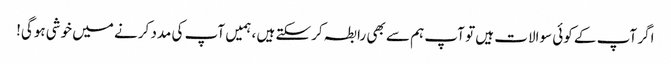
اگر آپ کے کوئی سوالات ہیں تو آپ ہم سے بھی رابطہ کرسکتے ہیں ، ہمیں آپ کی مدد کرنے میں خوشی ہوگی!